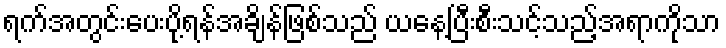
ရက်အတွင်းပေးပို့ရန်အချိန်ဖြစ်သည် ယနေ့ပြီးစီးသင့်သည့်အရာကိုသာ